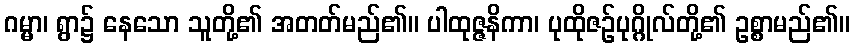
ဂမ္မာ၊ ရွာ၌ နေသော သူတို့၏ အတတ်မည်၏။ ပါထုဇ္ဇနိကာ၊ ပုထိုဇဉ်ပုဂ္ဂိုလ်တို့၏ ဥစ္စာမည်၏။